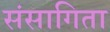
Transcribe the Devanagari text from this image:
संसागिता